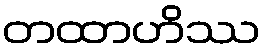
တထာဟိဿ